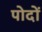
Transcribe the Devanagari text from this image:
पोदों